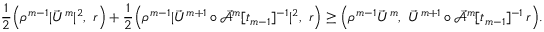
\frac { 1 } { 2 } \Bigl ( \rho ^ { m - 1 } | \vec { U } ^ { m } | ^ { 2 } , ~ r \Bigr ) + \frac { 1 } { 2 } \Bigl ( \rho ^ { m - 1 } | \vec { U } ^ { m + 1 } \circ \mathcal { \vec { A } } ^ { m } [ t _ { m - 1 } ] ^ { - 1 } | ^ { 2 } , ~ r \Bigr ) \geq \Bigl ( \rho ^ { m - 1 } \vec { U } ^ { m } , ~ \vec { U } ^ { m + 1 } \circ \mathcal { \vec { A } } ^ { m } [ t _ { m - 1 } ] ^ { - 1 } \, r \Bigr ) .